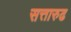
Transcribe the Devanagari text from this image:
सत्तारुढ